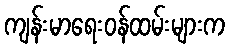
ကျန်းမာရေးဝန်ထမ်းများက